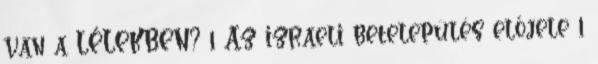
van a LÉLEKBEN? 1 Az izraeli betelepülés előjele 1